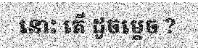
នោះ តើ ដូចម្តេច ?